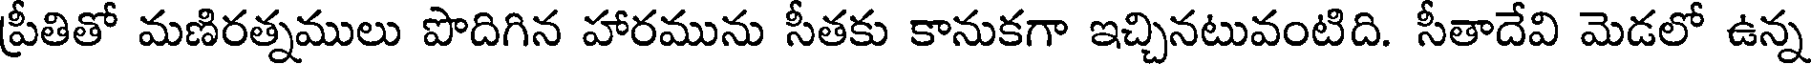
ప్రీతితో మణిరత్నములు పొదిగిన హారమును సీతకు కానుకగా ఇచ్చినటువంటిది. సీతాదేవి మెడలో ఉన్న